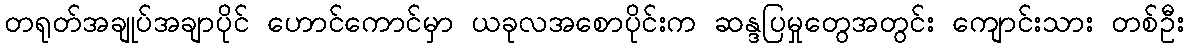
တရုတ်အချုပ်အချာပိုင် ဟောင်ကောင်မှာ ယခုလအစောပိုင်းက ဆန္ဒပြမှုတွေအတွင်း ကျောင်းသား တစ်ဦး